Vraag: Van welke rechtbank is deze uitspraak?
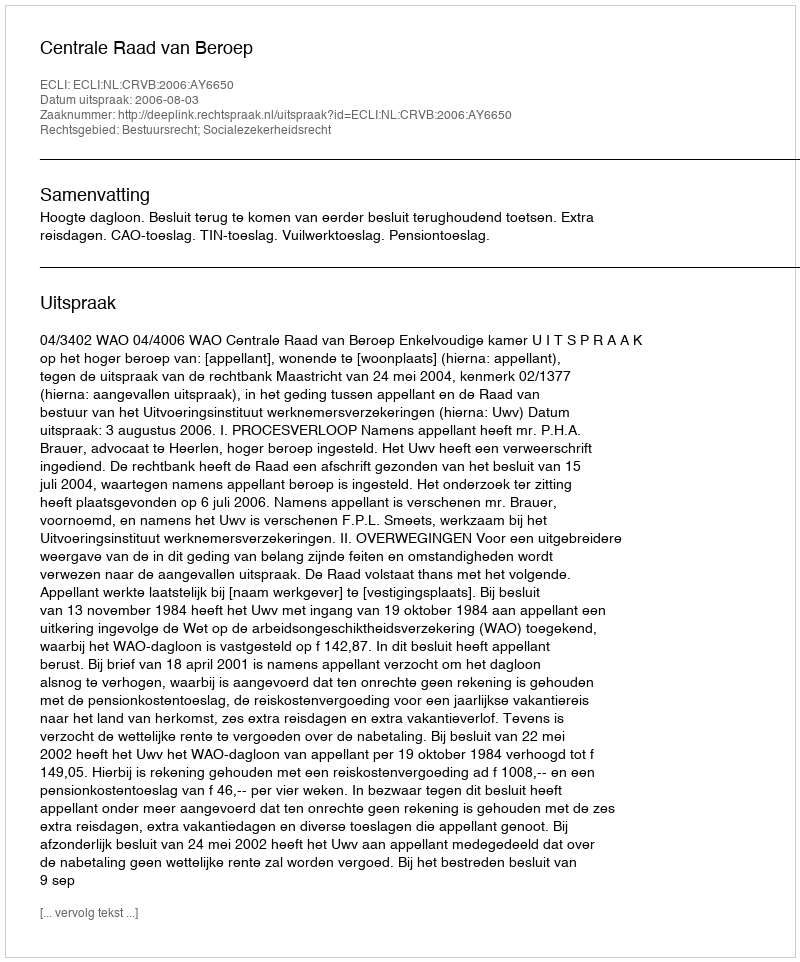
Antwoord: Centrale Raad van Beroep